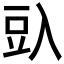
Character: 𰃛